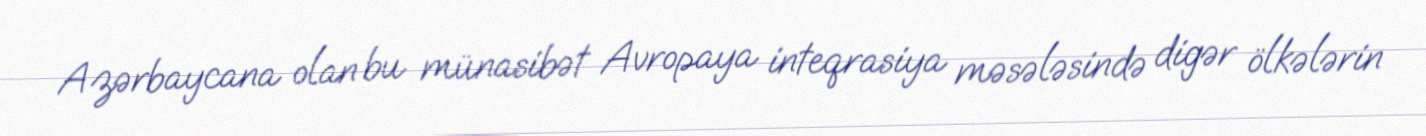
Azərbaycana olan bu münasibət Avropaya inteqrasiya məsələsində digər ölkələrin